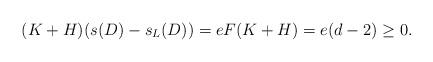
LaTeX: \begin{align*}(K+H)(s(D)-s_L(D))&=eF(K+H)=e(d-2)\geq 0.\end{align*}